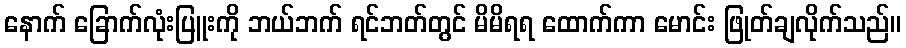
နောက် ခြောက်လုံးပြူးကို ဘယ်ဘက် ရင်ဘတ်တွင် မိမိရရ ထောက်ကာ မောင်း ဖြုတ်ချလိုက်သည်။